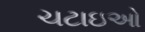
ચટાઇઓ